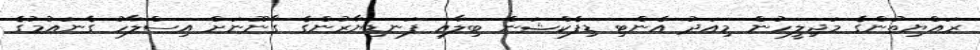
ރައްޔިތުންގެ މަޖިލީހުން މިއަދު އެންޓި ޑިފެކްޝަން ބިލާއި ފަނޑިޔާރުންގެ ގާނޫނަށް އިސްލާހު ގެނައުމުގެ